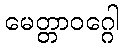
မေတ္တာဝဂ္ဂေါ